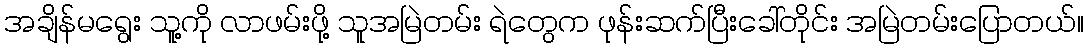
အချိန်မရွေး သူ့ကို လာဖမ်းဖို့ သူအမြဲတမ်း ရဲတွေက ဖုန်းဆက်ပြီးခေါ်တိုင်း အမြဲတမ်းပြောတယ်။